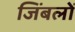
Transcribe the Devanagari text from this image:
जिंबलों